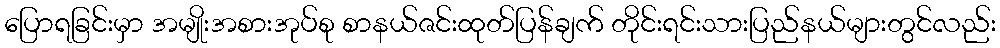
ပြောရခြင်းမှာ အမျိုးအစားအုပ်စု စာနယ်ဇင်းထုတ်ပြန်ချက် တိုင်းရင်းသားပြည်နယ်များတွင်လည်း